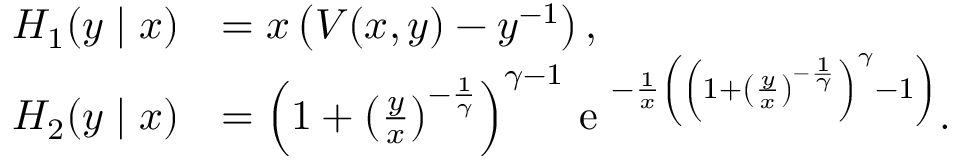
\begin{array} { r l } { H _ { 1 } ( y \mid x ) } & { = x \left( V ( x , y ) - y ^ { - 1 } \right) , } \\ { H _ { 2 } ( y \mid x ) } & { = { \left( 1 + { \left( \frac { y } { x } \right) } ^ { - \frac { 1 } { \gamma } } \right) } ^ { \gamma - 1 } \textrm { e } ^ { - \frac 1 x \left( { \left( 1 + { \left( \frac { y } { x } \right) } ^ { - \frac { 1 } { \gamma } } \right) } ^ { \gamma } - 1 \right) } . } \end{array}